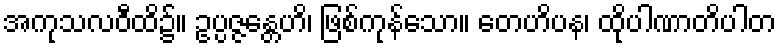
အကုသလဝီထိ၌။ ဥပ္ပဇ္ဇန္တေဟိ၊ ဖြစ်ကုန်သော။ တေဟိပန၊ ထိုပါဏာတိပါတ